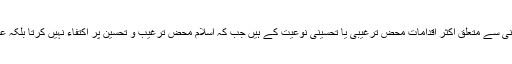
آج کی جدید دنیا میں حقوق انسانی سے متعلق اکثر اقدامات محض ترغیبی یا تحسینی نوعیت کے ہیں جب کہ اسلام محض ترغیب و تحسین پر اکتفاء نہیں کرتا بلکہ عملی اقدامات کا تقاضا کرتا ہے۔